Annual report of the Bengal Veterinary College and of the Civil Veterinary Department, Bengal, for the year 1914-1915 - 1914-1915
Year: 1914
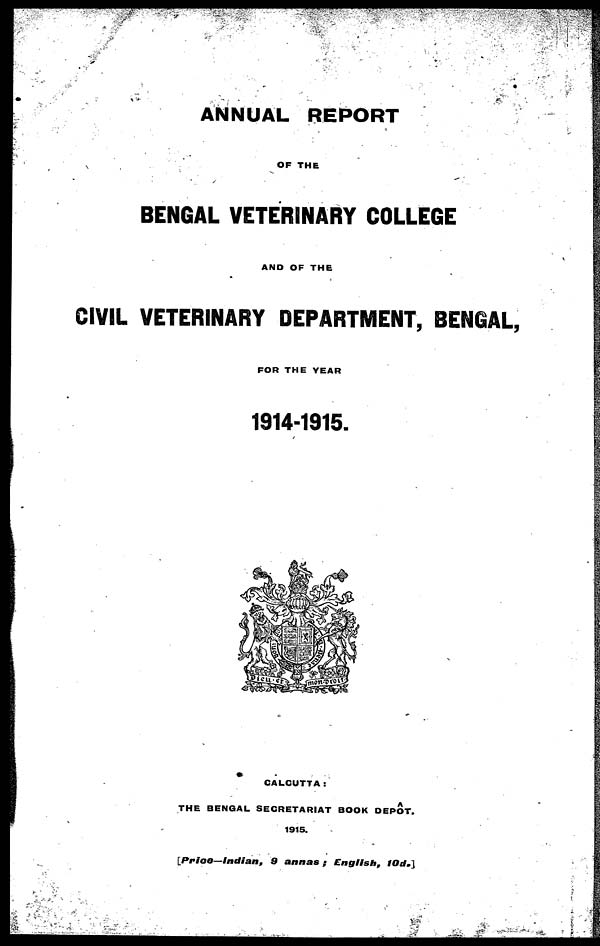
ANNUAL REPORT
OF THE
BENGAL VETERINARY COLLEGE
AND OF THE
CIVIL VETERINARY DEPARTMENT, BENGAL,
FOR THE YEAR
1914-1915.
CALCUTTA:
THE BENGAL SECRETARIAT BOOK DEPOT.
1915.
[Price—Indian, 9 annas ; English, 10d.]